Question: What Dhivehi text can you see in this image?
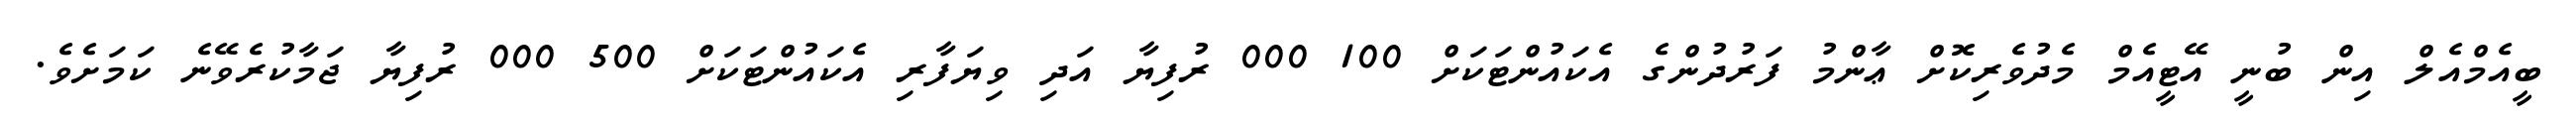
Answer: ބީއެމްއެލް އިން ބުނީ އޭޓީއެމް މެދުވެރިކޮށް ޢާންމު ފަރުދުންގެ އެކައުންޓަކަށް 100 000 ރުފިޔާ އަދި ވިޔަފާރި އެކައުންޓަކަށް 500 000 ރުފިޔާ ޖަމާކުރެވޭނެ ކަމަށެވެ.